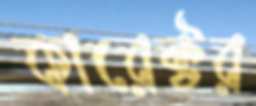
কারেক্টর